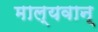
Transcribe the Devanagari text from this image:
माल्यवान्